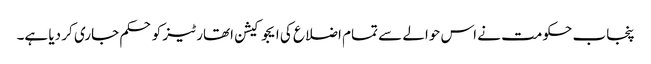
پنجاب حکومت نے اس حوالے سے تمام اضلاع کی ایجوکیشن اتھارٹیز کو حکم جاری کر دیا ہے۔